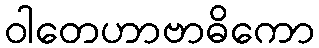
ဝါတေဟာဗာဓိကော